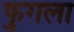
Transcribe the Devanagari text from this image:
फुगला